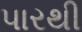
પારથી